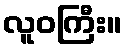
လူဝကြီး။